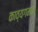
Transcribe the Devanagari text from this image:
काव्यगमन